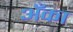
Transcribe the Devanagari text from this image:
अँका